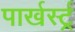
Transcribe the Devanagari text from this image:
पार्खर्स्ट्र